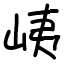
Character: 峓